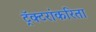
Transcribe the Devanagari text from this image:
ट्रॅक्टरांकरिता